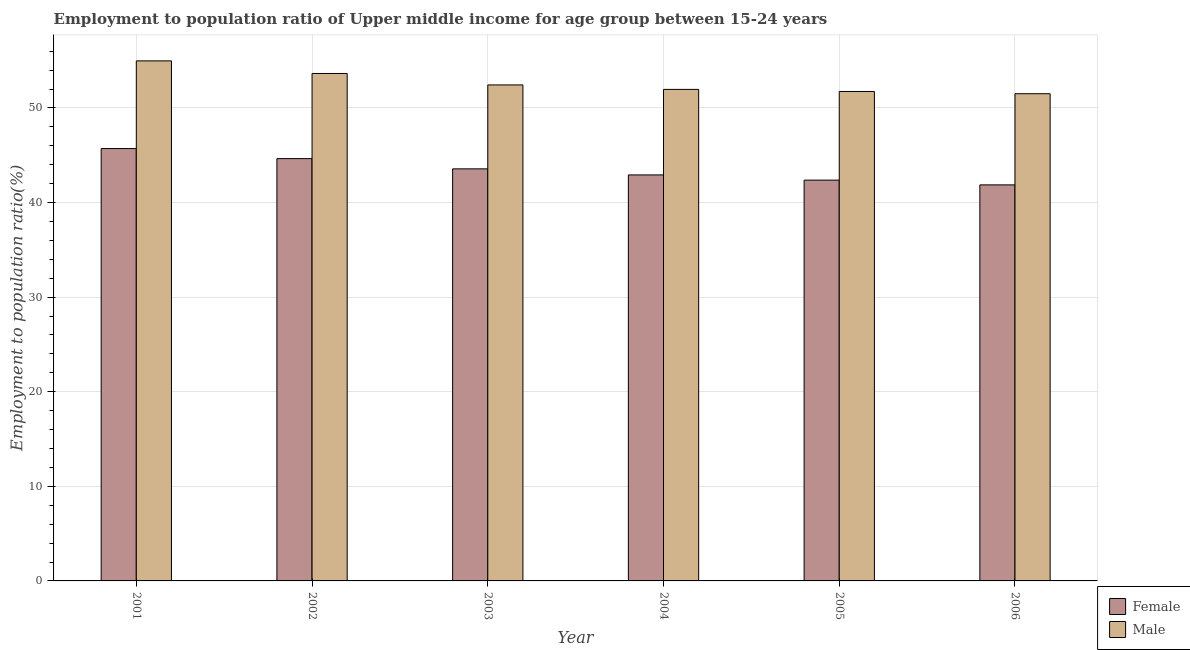
| Year | Female | Male |
 | --- | --- | --- |
 | 2001 | 45.7 | 55 |
 | 2002 | 44.6 | 53.6 |
 | 2003 | 43.6 | 52.4 |
 | 2004 | 42.9 | 52 |
 | 2005 | 42.4 | 51.7 |
 | 2006 | 41.9 | 51.5 |